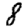
Digit: 8